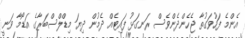
އެންމެ ފަހުވަގުތާ ޖެހެންދެންވެސް ރަނގަޅު ފައިޓެއް ދެމުން ދިޔަ މިޑްލްސްބަރާގެ އަޑޯމާ ވަނީ